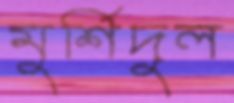
মুর্শিদুল